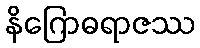
နိဂြောဓရာဇဿ